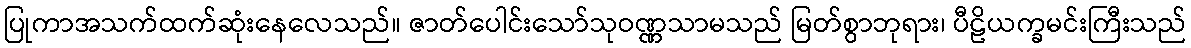
ပြုကာအသက်ထက်ဆုံးနေလေသည်။ ဇာတ်ပေါင်းသော်သုဝဏ္ဏသာမသည် မြတ်စွာဘုရား၊ ပီဠိယက္ခမင်းကြီးသည်